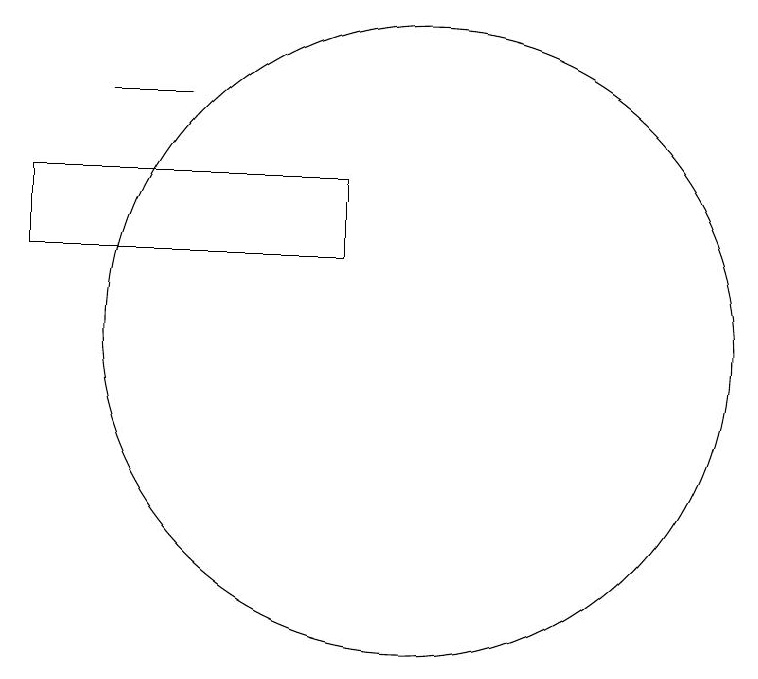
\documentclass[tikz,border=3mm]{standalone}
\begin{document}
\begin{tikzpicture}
\draw (6,13) rectangle (7,13);
\draw (10,10) circle (4);
\draw (9,12) rectangle (5,11);
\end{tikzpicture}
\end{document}